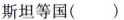
斯坦等国()